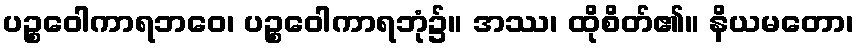
ပဉ္စဝေါကာရဘဝေ၊ ပဉ္စဝေါကာရဘုံ၌။ အဿ၊ ထိုစိတ်၏။ နိယမတော၊